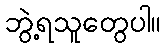
ဘွဲ့ရသူတွေပါ။